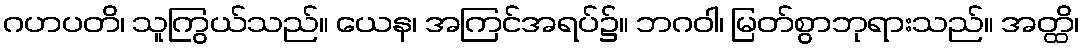
ဂဟပတိ၊ သူကြွယ်သည်။ ယေန၊ အကြင်အရပ်၌။ ဘဂဝါ၊ မြတ်စွာဘုရားသည်။ အတ္ထိ၊